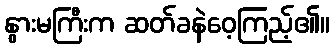
နွားမကြီးက ဆတ်ခနဲဝေ့ကြည့်၏။